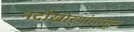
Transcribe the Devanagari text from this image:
नदीखोर्‍यांपासून